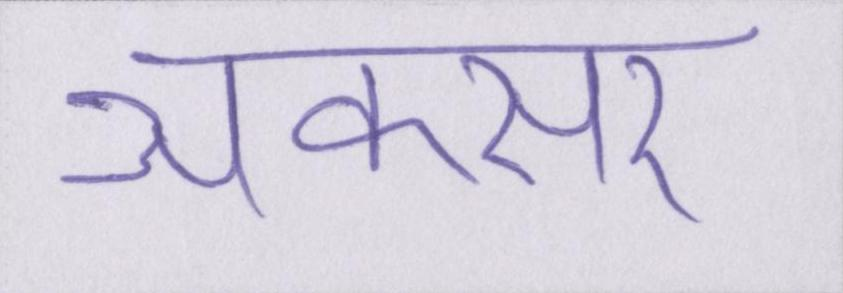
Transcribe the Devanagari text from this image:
अकसर